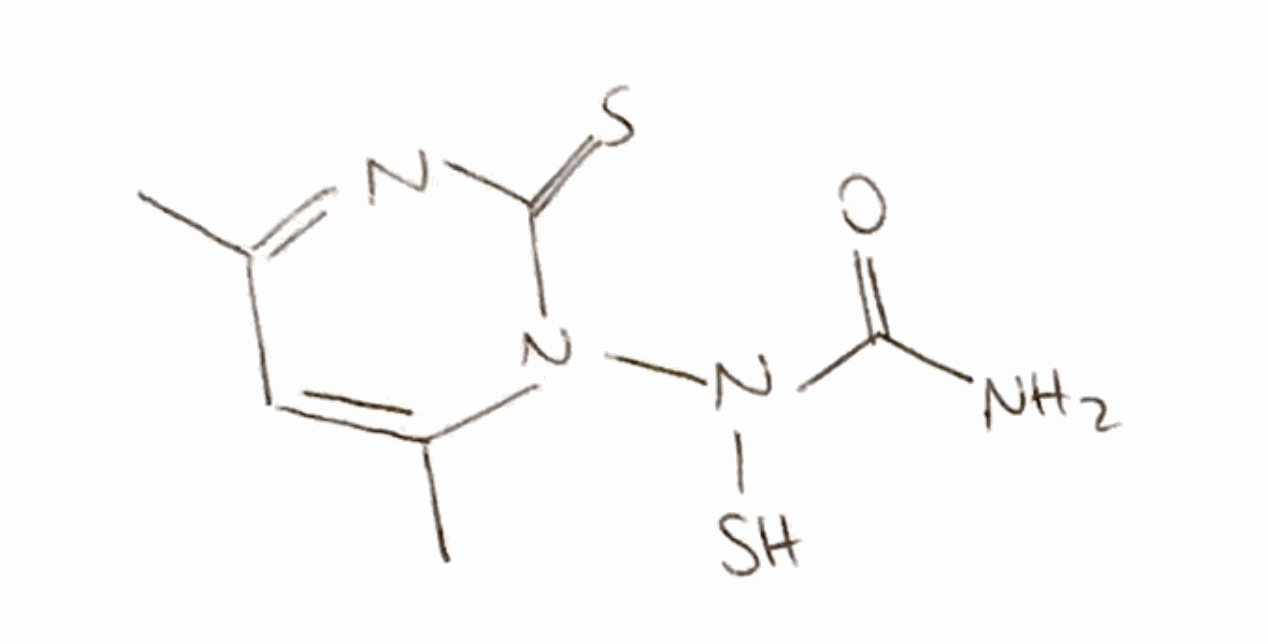
Simplified molecular-input line-entry system (SMILES) notation of the given molecule:
CC1=CC(=NC(=S)N1N(C(=O)N)S)C